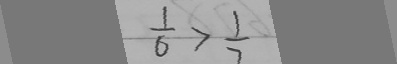
\frac { 1 } { 6 } > \frac { 1 } { 7 }